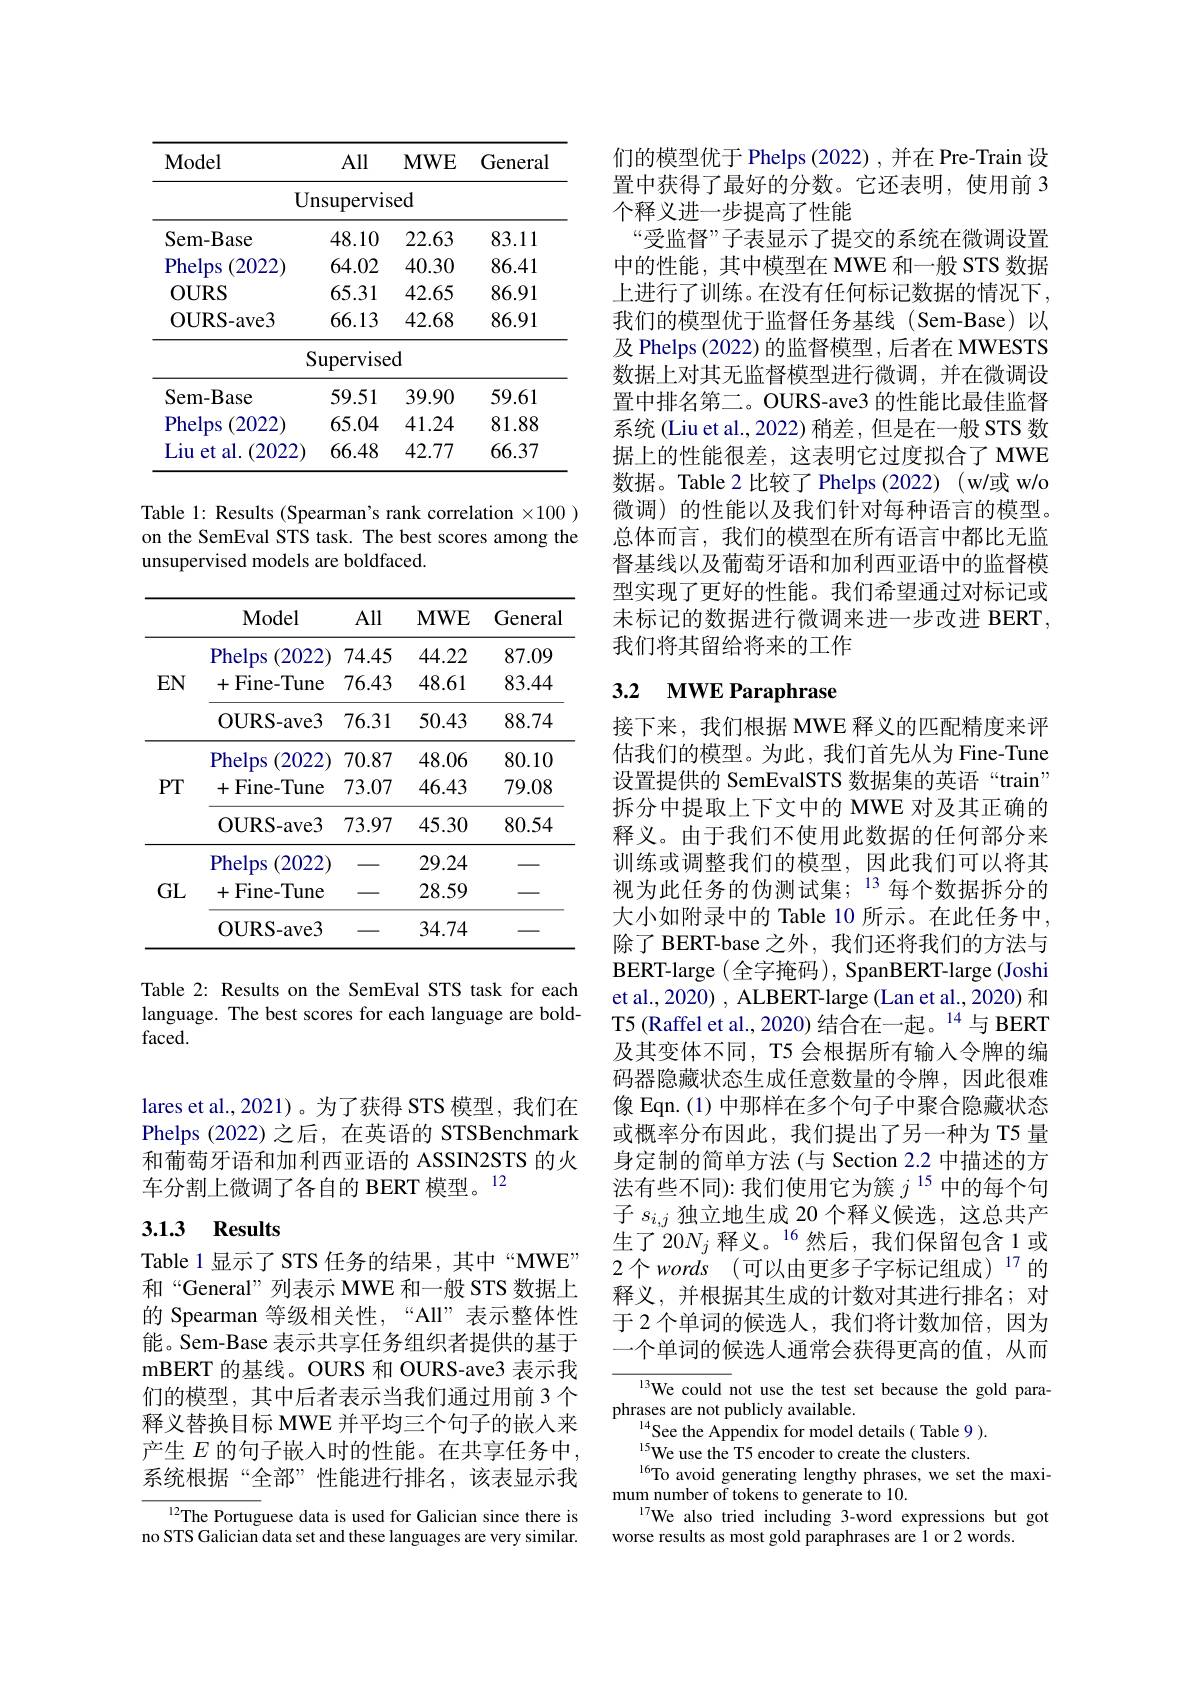
lares et al., 2021)。为了获得 STS 模型，我们在Phelps (2022) 之后，在英语的 STSBenchmark 和葡萄牙语和加利西亚语的 ASSIN2STS 的火车分割上微调了各自的 BERT 模型。12

## 3.1.3 Results

Table 1 显示了 STS 任务的结果，其中“MWE” 和“General”列表示 MWE 和一般 STS 数据上的 Spearman 等级相关性，“All”表示整体性能。Sem-Base 表示共享任务组织者提供的基于mBERT 的基线。OURS 和 OURS-ave3 表示我们的模型，其中后者表示当我们通过用前 3 个释义替换目标 MWE 并平均三个句子的嵌入来产生 $E$ 的句子嵌人时的性能。在共享任务中， 系统根据“全部”性能进行排名，该表显示我

${\sqrt{12}\text{The Portug}}$uese data is used for Galician since there is no STS Galician data set and these languages are very similar.

<table>
	<tbody>
		<tr>
			<th>$\mathbf{Model}$</th>
			<th>All</th>
			<th>$MWE$</th>
			<th>General</th>
		</tr>
		<tr>
			<td>$\textbf{U}$</td>
			<td>Jnsupervis</td>
			<td>ied</td>
			<td> </td>
		</tr>
		<tr>
			<td>Sem- B $3ase$</td>
			<td>48.10</td>
			<td>22.63</td>
			<td>83.11</td>
		</tr>
		<tr>
			<td>Phelps 2022</td>
			<td>64.02</td>
			<td>40.30</td>
			<td>86.41</td>
		</tr>
		<tr>
			<td>$OURS$</td>
			<td>65.31</td>
			<td>42.65</td>
			<td>86.91</td>
		</tr>
		<tr>
			<td>OURS- ave3</td>
			<td>66.13</td>
			<td>42.68</td>
			<td>86.91</td>
		</tr>
		<tr>
			<td> </td>
			<td>Supervise</td>
			<td>$:d$</td>
			<td> </td>
		</tr>
		<tr>
			<td>Sem- B $3ase$</td>
			<td>59.51</td>
			<td>39.90</td>
			<td>59.61</td>
		</tr>
		<tr>
			<td>Phelps 2022</td>
			<td>65.04</td>
			<td>41.24</td>
			<td>81.88</td>
		</tr>
		<tr>
			<td>Liu al. (2022 et:</td>
			<td>66.48</td>
			<td>42.77</td>
			<td>66.37</td>
		</tr>
	</tbody>
</table>

Table 1: Results (Spearman's rank correlation $\times100$ )

on the SemEval STS task. The best scores among the

unsupervised models are boldfaced.

<table>
	<tbody>
		<tr>
			<th> </th>
			<th>Model</th>
			<th>All</th>
			<th>$MWE$</th>
			<th>General</th>
		</tr>
		<tr>
			<td rowspan="3">$EN$</td>
			<td>Phelps 2022</td>
			<td>74.45</td>
			<td>44.22</td>
			<td>87.09</td>
		</tr>
		<tr>
			<td>Fine- Tune 十</td>
			<td>76.43</td>
			<td>48.61</td>
			<td>83.44</td>
		</tr>
		<tr>
			<td>OURS- ave3</td>
			<td>76.31</td>
			<td>50.43</td>
			<td>88.74</td>
		</tr>
		<tr>
			<td rowspan="3">$PT$</td>
			<td>Phelps 2022</td>
			<td>70.87</td>
			<td>48.06</td>
			<td>80.10</td>
		</tr>
		<tr>
			<td>Fine- Tune 十</td>
			<td>73.07</td>
			<td>46.43</td>
			<td>79.08</td>
		</tr>
		<tr>
			<td>OURS- ave3</td>
			<td>73.97</td>
			<td>45.30</td>
			<td>80.54</td>
		</tr>
		<tr>
			<td rowspan="3">GL</td>
			<td>Phelps 2022</td>
			<td> </td>
			<td>29.24</td>
			<td> </td>
		</tr>
		<tr>
			<td>Fine- Tune 十</td>
			<td> </td>
			<td>28.59</td>
			<td> </td>
		</tr>
		<tr>
			<td>OURS-ave3</td>
			<td> </td>
			<td>34.74</td>
			<td> </td>
		</tr>
	</tbody>
</table>

Table 2: Results on the SemEval STS task for each language. The best scores for each language are bold- $faced.$

们的模型优于 Phelps (2022) , 并在 Pre-Train 设置中获得了最好的分数。它还表明，使用前 3个释义进一步提高了性能
“受监督”子表显示了提交的系统在微调设置中的性能，其中模型在 MWE 和一般 STS 数据上进行了训练。在没有任何标记数据的情况下， 我们的模型优于监督任务基线(Sem-Base)以及 Phelps (2022) 的监督模型 , 后者在 MWESTS 数据上对其无监督模型进行微调，并在微调设置中排名第二。OURS-ave3 的性能比最佳监督系统(Liu et al., 2022) 稍差，但是在一般 STS 数据上的性能很差，这表明它过度拟合了 MWE 数据。Table 2 比较了 Phelps (2022)(w/或 w/o 微调)的性能以及我们针对每种语言的模型。总体而言，我们的模型在所有语言中都比无监督基线以及葡萄牙语和加利西亚语中的监督模型实现了更好的性能。我们希望通过对标记或未标记的数据进行微调来进一步改进 BERT, 我们将其留给将来的工作

## 3.2 $\textbf{MWE Paraphrase}$

接下来，我们根据 MWE 释义的匹配精度来评估我们的模型。为此，我们首先从为 Fine-Tune 设置提供的 SemEvalSTS 数据集的英语“train” 拆分中提取上下文中的 MWE 对及其正确的释义。由于我们不使用此数据的任何部分来训练或调整我们的模型，因此我们可以将其视为此任务的伪测试集；13 每个数据拆分的大小如附录中的 Table 10 所示。在此任务中， 除了 BERT-base 之外，我们还将我们的方法与BERT-large (全字掩码), SpanBERT-large (Joshi et al., 2020) , ALBERT-large (Lan et al., 2020) 和T5 (Raffel et al., 2020) 结合在一起。$^{14}$与 BERT 及其变体不同，T5 会根据所有输入令牌的编码器隐藏状态生成任意数量的令牌，因此很难像 Eqn.(1) 中那样在多个句子中聚合隐藏状态或概率分布因此，我们提出了另一种为 T5 量身定制的简单方法(与 Section 2.2 中描述的方法有些不同):我们使用它为簇$j^{15}$中的每个句子$s_{i,j}$独立地生成 20 个释义候选，这总共产生了20$N_j$ 释义。$^{16}$然后，我们保留包含1或2个words (可以由更多子字标记组成)$^{17}$的释义，并根据其生成的计数对其进行排名；对于 2 个单词的候选人，我们将计数加倍，因为一个单词的候选人通常会获得更高的值，从而

$^{13}$We could not use the test set because the gold para-
phrases are not publicly available.
$^{14}$See the Appendix for model details( Table 9).
15We use the T5 encoder to create the clusters.
$^{16}$To avoid generating lengthy phrases, we set the maxi-
mum number of tokens to generate to 10.
$^{17}$We also tried including 3-word expressions but got
worse results as most gold paraphrases are 1 or 2 words.